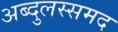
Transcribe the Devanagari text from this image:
अब्दुलस्समद